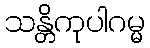
သန္တိကုပါဂမ္မ